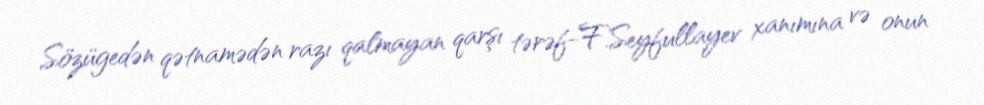
Sözügedən qətnamədən razı qalmayan qarşı tərəf-F.Seyfullayev xanımına və onun